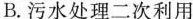
B.污水处理二次利用